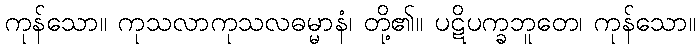
ကုန်သော။ ကုသလာကုသလဓမ္မာနံ၊ တို့၏။ ပဋိပက္ခဘူတေ၊ ကုန်သော။